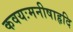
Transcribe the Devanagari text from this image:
कवयःमनीषाहृदि